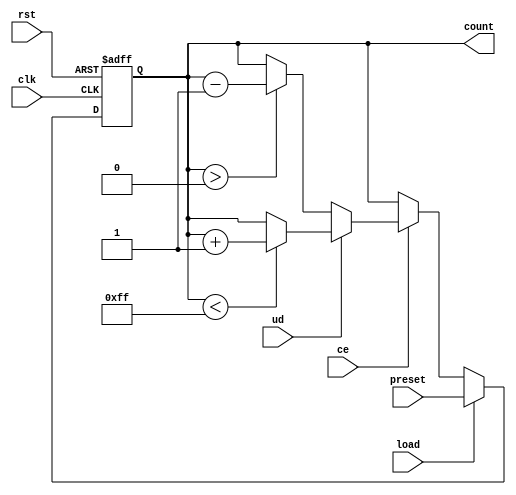
module async_load_counter (
    input wire clk,            // Clock signal
    input wire rst,            // Asynchronous reset (active high)
    input wire load,           // Load signal (active high)
    input wire ce,             // Count enable signal (active high)
    input wire ud,             // Up/Down control signal (1 for up, 0 for down)
    input wire [7:0] preset,   // Preset value (8-bit wide)
    output reg [7:0] count     // Current counter value (8-bit wide)
);

    // Counter size can be adjusted
    parameter MAX_COUNT = 8'hFF; // Maximum value for 8-bit counter
    parameter MIN_COUNT = 8'h00; // Minimum value for 8-bit counter

    always @(posedge clk or posedge rst) begin
        if (rst) begin
            count <= MIN_COUNT; // Reset counter to zero
        end else if (load) begin
            count <= preset;    // Load the preset value asynchronously
        end else if (ce) begin
            if (ud) begin
                if (count < MAX_COUNT) begin
                    count <= count + 1; // Increment the counter
                end
            end else begin
                if (count > MIN_COUNT) begin
                    count <= count - 1; // Decrement the counter
                end
            end
        end
    end

endmodule